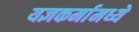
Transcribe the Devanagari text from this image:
यज्ञकर्मामध्ये